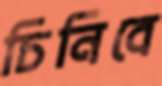
চিনিবে